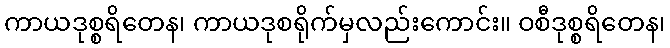
ကာယဒုစ္စရိတေန၊ ကာယဒုစရိုက်မှလည်းကောင်း။ ဝစီဒုစ္စရိတေန၊